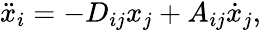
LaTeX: {\ddot{x}_{i}=-D_{ij}x_{j}+A_{ij}\dot{x}_{j}},